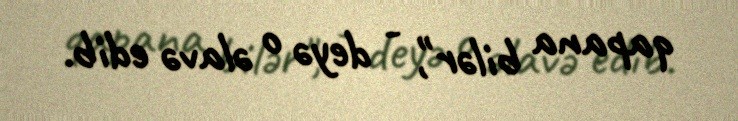
qapana bilər", - deyə o əlavə edib.